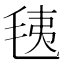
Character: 𣭯